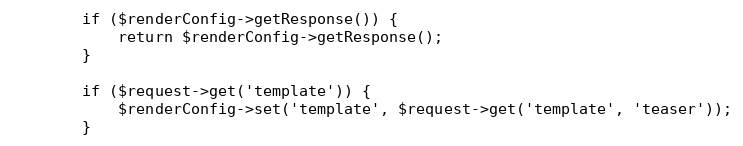
Language: PHP
        if ($renderConfig->getResponse()) {
            return $renderConfig->getResponse();
        }

        if ($request->get('template')) {
            $renderConfig->set('template', $request->get('template', 'teaser'));
        }